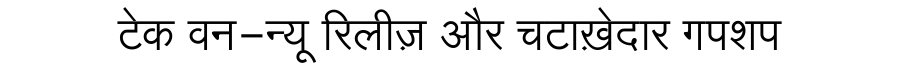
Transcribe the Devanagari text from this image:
टेक वन-न्यू रिलीज़ और चटाख़ेदार गपशप